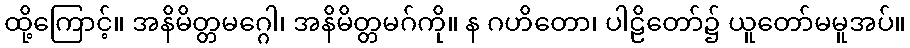
ထို့ကြောင့်။ အနိမိတ္တမဂ္ဂေါ၊ အနိမိတ္တမဂ်ကို။ န ဂဟိတော၊ ပါဠိတော်၌ ယူတော်မမူအပ်။